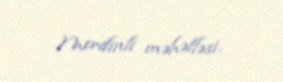
Merdinli məhəlləsi.